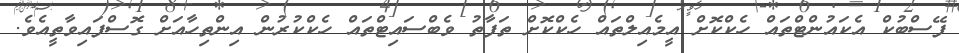
ފޭސްބުކް އެކައުންޓްތައް ހެކްކޮށް އީމެއިލްތައް ހެކްކޮށް ތަފާތު ވެބްސައިޓްތައް ހެކްކުރުން އިންތިހާއަށް ގޮސްފައިވާތީއެވެ.